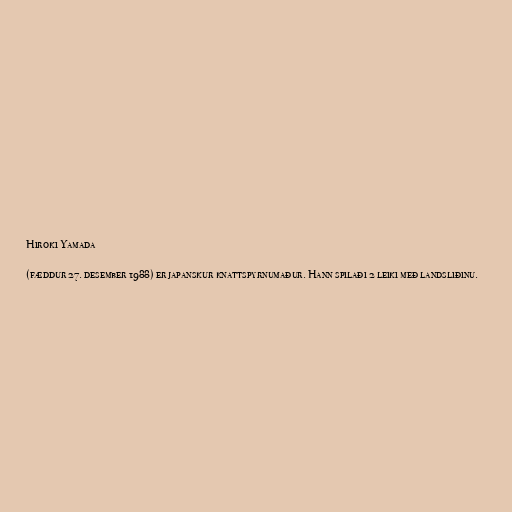
Hiroki Yamada

(fæddur 27. desember 1988) er japanskur knattspyrnumaður. Hann spilaði 2 leiki með landsliðinu.